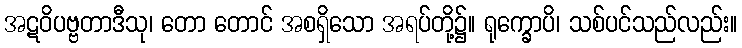
အဋဝိပဗ္ဗတာဒီသု၊ တော တောင် အစရှိသော အရပ်တို့၌။ ရုက္ခောပိ၊ သစ်ပင်သည်လည်း။